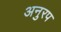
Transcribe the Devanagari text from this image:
अनुरप